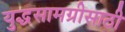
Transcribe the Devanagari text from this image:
युद्धसामग्रीसाठी